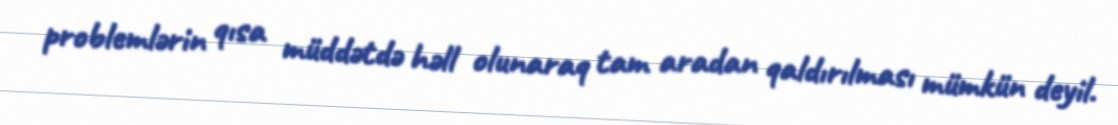
problemlərin qısa müddətdə həll olunaraq tam aradan qaldırılması mümkün deyil.